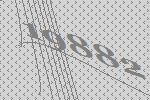
19882